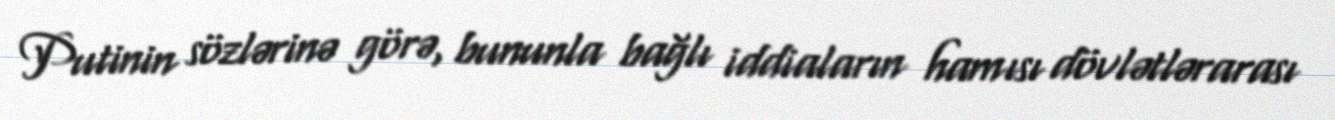
Putinin sözlərinə görə, bununla bağlı iddiaların hamısı dövlətlərarası